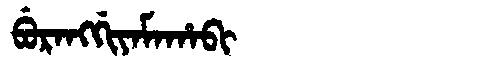
Manchu: ᠪᡠᡵᠠᠩᡤᡳᠶᠠᠮᠠᡥᠠᠪᡳ
Romanization: BURANGGIYAMAHABI